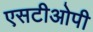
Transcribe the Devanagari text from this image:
एसटीओपी